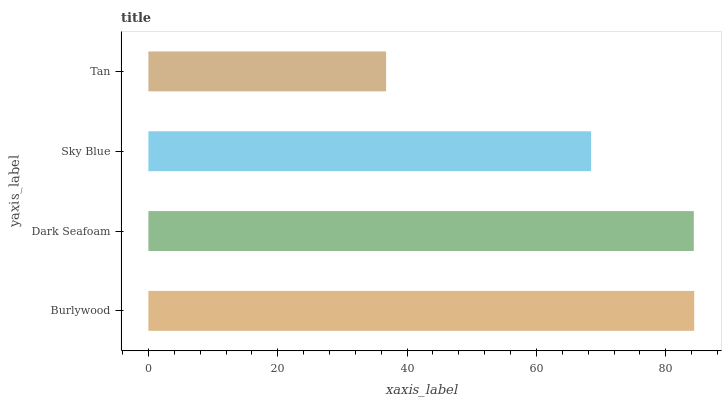
| yaxis_label | bars |
 | --- | --- |
 | Burlywood | 84.4 |
 | Dark Seafoam | 84.3 |
 | Sky Blue | 68.4 |
 | Tan | 36.8 |